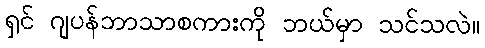
ရှင် ဂျပန်ဘာသာစကားကို ဘယ်မှာ သင်သလဲ။